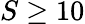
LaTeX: S\ge 10